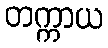
တက္ကာယ